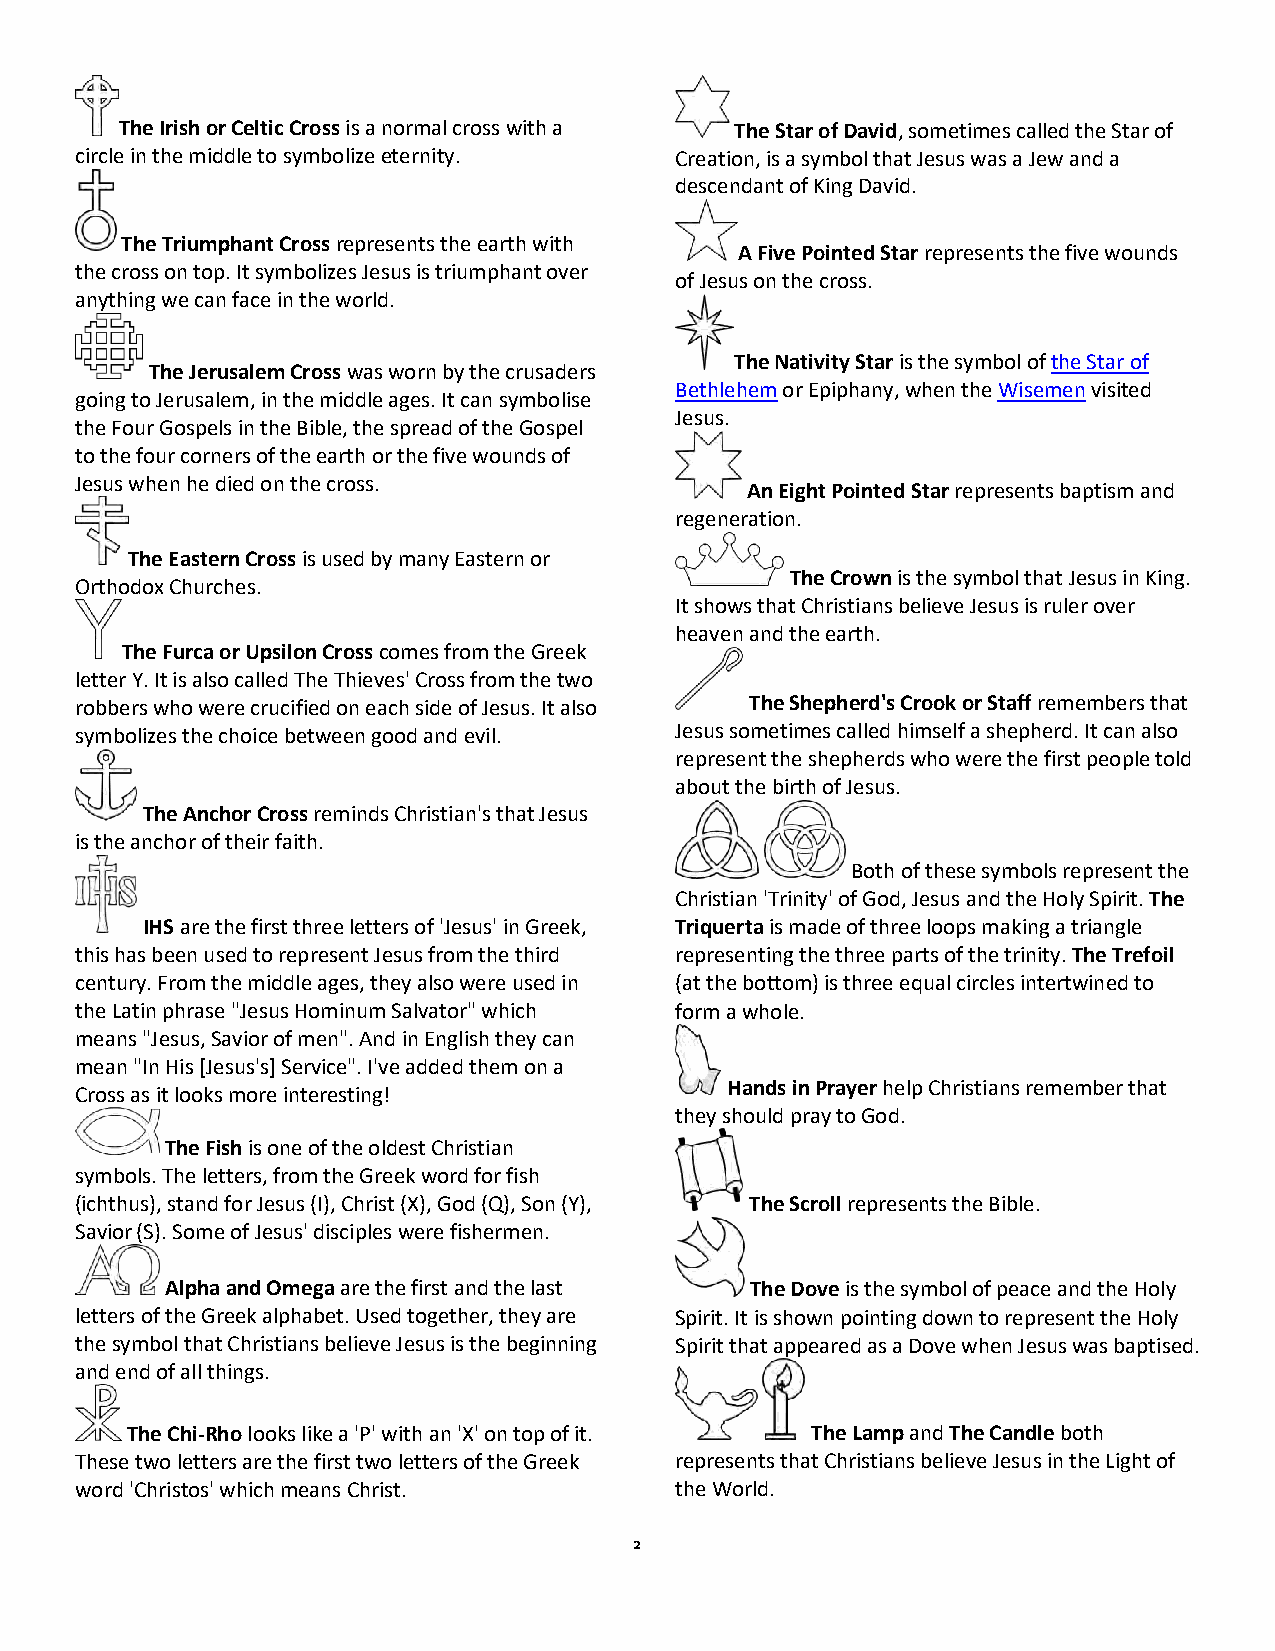
The Irish or Celtic Cross is a normal cross with a The Star of David, sometimes called the Star of
 circle in the middle to symbolize eternity. Creation, is a symbol that Jesus was a Jew and a
 descendant of King David.
 The Triumphant Cross represents the earth with
 A Five Pointed Star represents the five wounds
 the cross on top. It symbolizes Jesus is triumphant over
 of Jesus on the cross.
 anything we can face in the world.
 The Nativity Star is the symbol of the Star of
 The Jerusalem Cross was worn by the crusaders
 Bethlehem or Epiphany, when the Wisemen visited
 going to Jerusalem, in the middle ages. It can symbolise
 Jesus.
 the Four Gospels in the Bible, the spread of the Gospel
 to the four corners of the earth or the five wounds of
 Jesus when he died on the cross.
 An Eight Pointed Star represents baptism and
 regeneration.
 The Eastern Cross is used by many Eastern or
 The Crown is the symbol that Jesus in King.
 Orthodox Churches.
 It shows that Christians believe Jesus is ruler over
 heaven and the earth.
 The Furca or Upsilon Cross comes from the Greek
 letter Y. It is also called The Thieves' Cross from the two
 robbers who were crucified on each side of Jesus. It also The Shepherd's Crook or Staff remembers that
 symbolizes the choice between good and evil. Jesus sometimes called himself a shepherd. It can also
 represent the shepherds who were the first people told
 about the birth of Jesus.
 The Anchor Cross reminds Christian's that Jesus
 is the anchor of their faith.
 Both of these symbols represent the
 Christian 'Trinity' of God, Jesus and the Holy Spirit. The
 IHS are the first three letters of 'Jesus' in Greek, Triquerta is made of three loops making a triangle
 this has been used to represent Jesus from the third representing the three parts of the trinity. The Trefoil
 century. From the middle ages, they also were used in (at the bottom) is three equal circles intertwined to
 the Latin phrase "Jesus Hominum Salvator" which form a whole.
 means "Jesus, Savior of men". And in English they can
 mean "In His [Jesus's] Service". I've added them on a
 Hands in Prayer help Christians remember that
 Cross as it looks more interesting!
 they should pray to God.
 The Fish is one of the oldest Christian
 symbols. The letters, from the Greek word for fish
 (ichthus), stand for Jesus (I), Christ (X), God (Q), Son (Y), The Scroll represents the Bible.
 Savior (S). Some of Jesus' disciples were fishermen.
 Alpha and Omega are the first and the last The Dove is the symbol of peace and the Holy
 letters of the Greek alphabet. Used together, they are Spirit. It is shown pointing down to represent the Holy
 the symbol that Christians believe Jesus is the beginning Spirit that appeared as a Dove when Jesus was baptised.
 and end of all things.
 The Chi-Rho looks like a 'P' with an 'X' on top of it. The Lamp and The Candle both
 These two letters are the first two letters of the Greek represents that Christians believe Jesus in the Light of
 word 'Christos' which means Christ.     the World.
 2